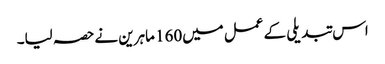
اس تبدیلی کے عمل میں160 ماہرین نےحصہ لیا۔